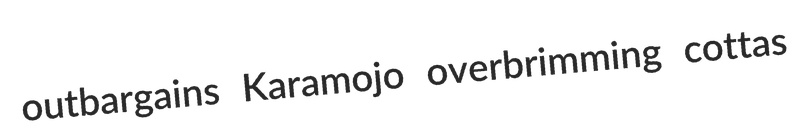
outbargains Karamojo overbrimming cottas